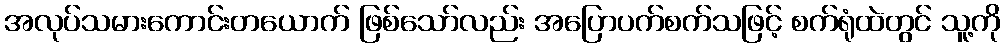
အလုပ်သမားကောင်းတယောက် ဖြစ်သော်လည်း အပြောပက်စက်သဖြင့် စက်ရုံထဲတွင် သူ့ကို